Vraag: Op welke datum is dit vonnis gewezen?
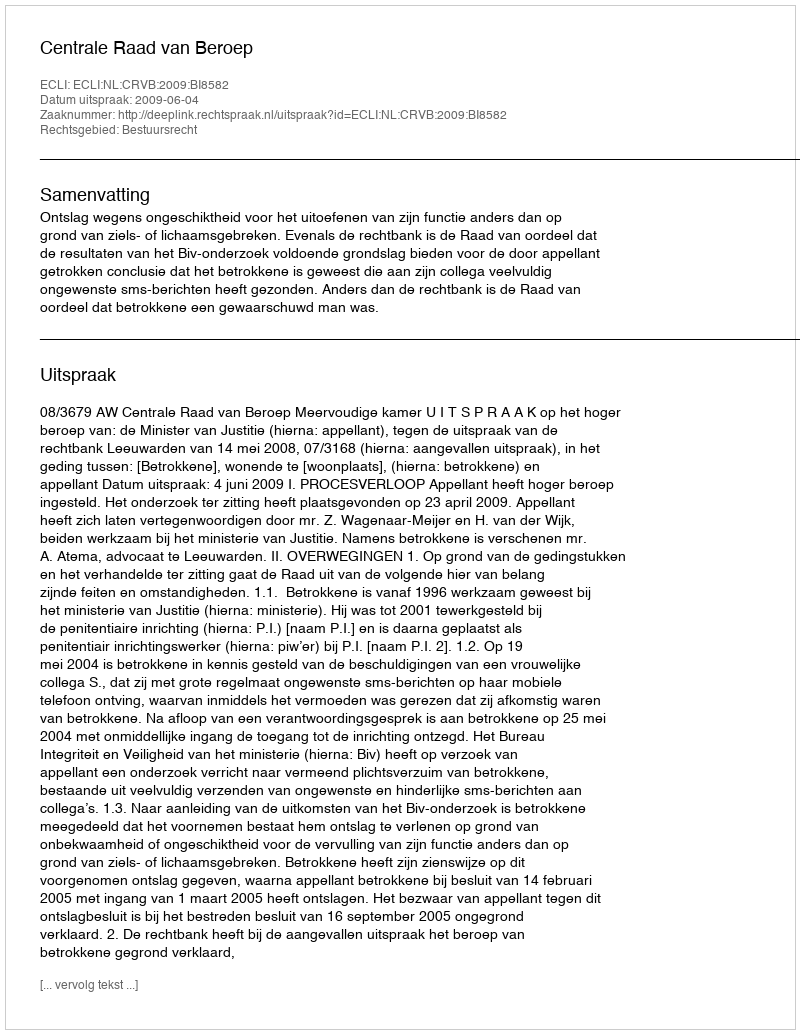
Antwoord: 2009-06-04